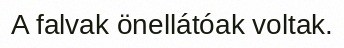
A falvak önellátóak voltak.